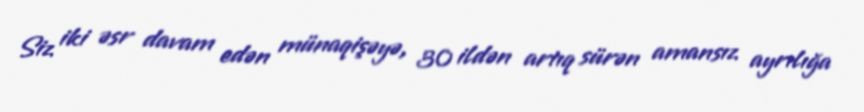
Siz iki əsr davam edən münaqişəyə, 30 ildən artıq sürən amansız ayrılığa